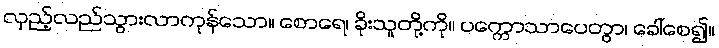
လှည့်လည်သွားလာကုန်သော။ စောရေ၊ ခိုးသူတို့ကို။ ပက္ကောသာပေတွာ၊ ခေါ်စေ၍။